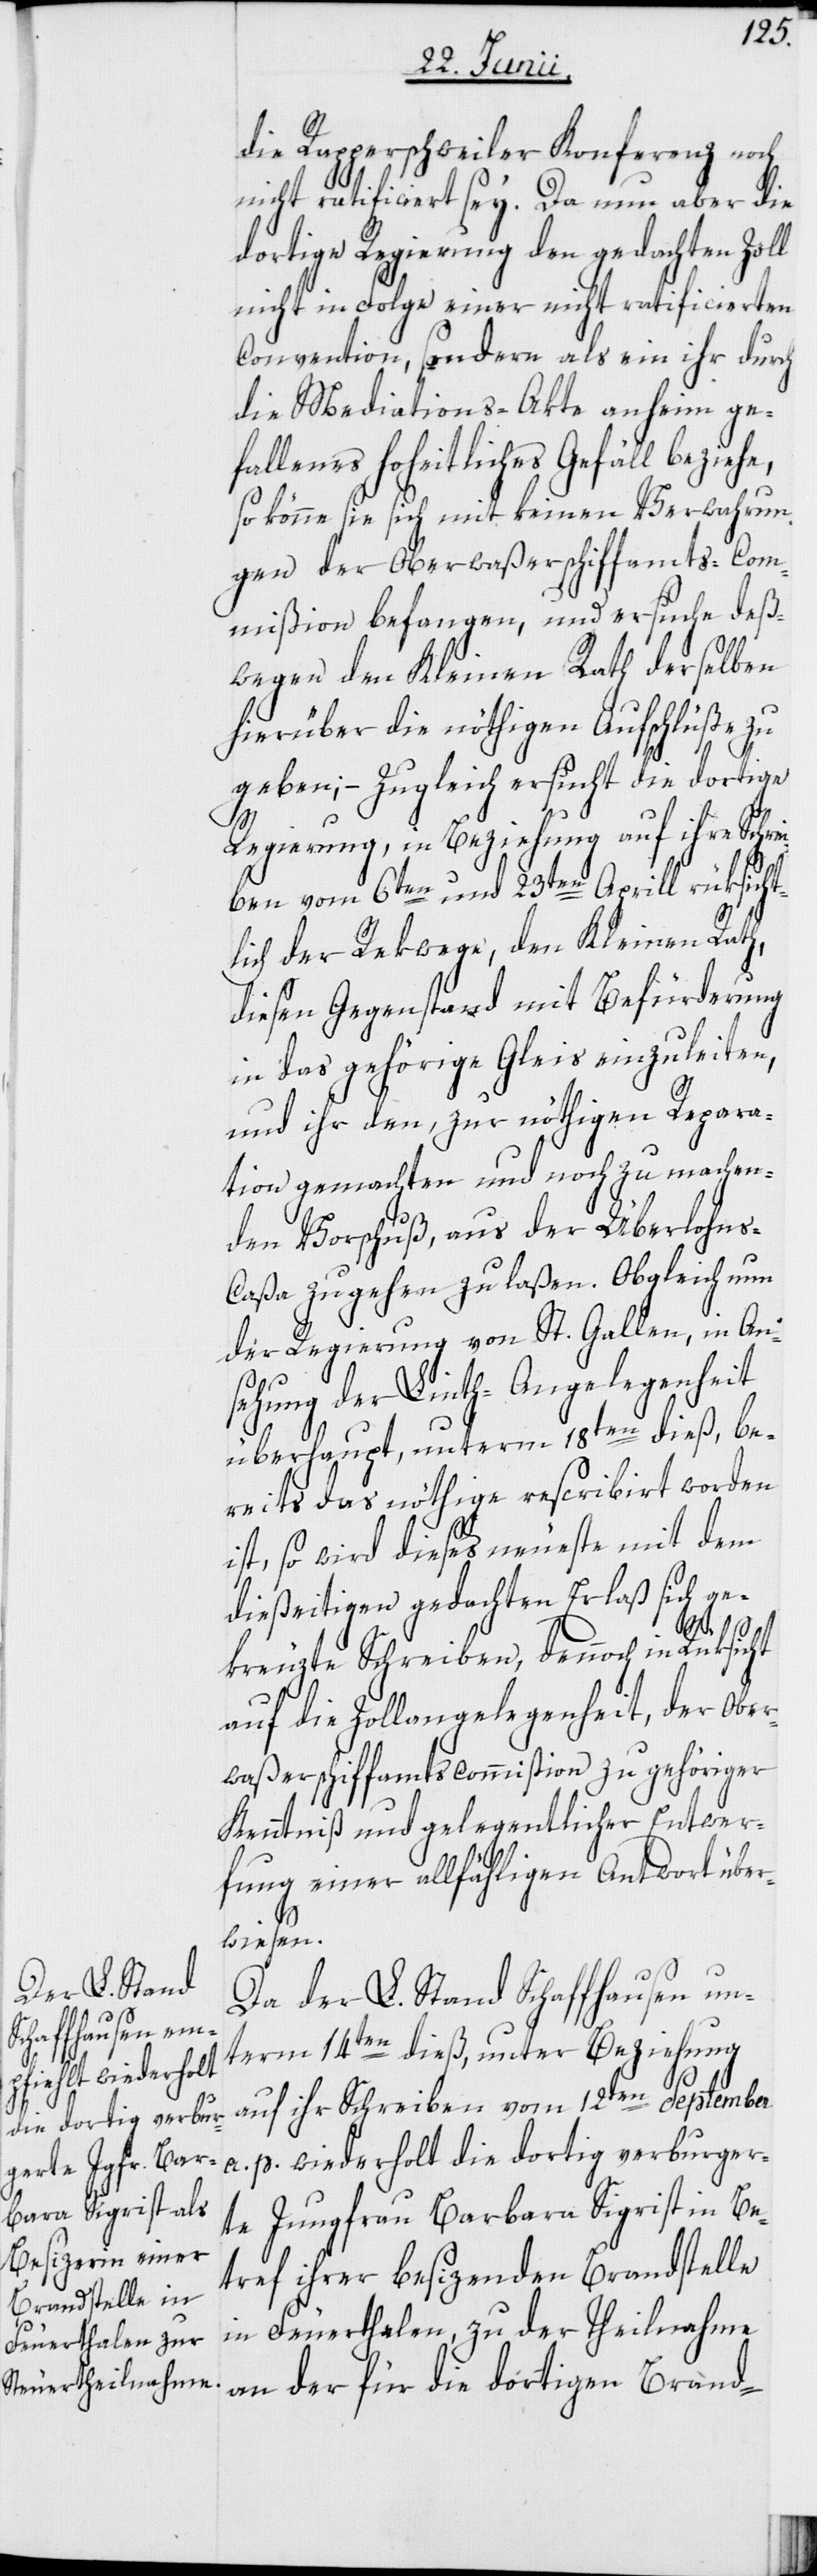
die Rapperschweiler Konferenz noch
nicht ratificiert sey. Da nun aber die
dortige Regierung den gedachten Zoll
nicht in Folge einer nicht ratificierten
Convention, sondern als ein ihr durch
die Mediations-Akte anheim ge¬
fallenes hoheitliches Gefäll beziehe,
so könne sie sich mit keinen Verwahrun¬
gen der Oberwaßerschiffamts-Com¬
mißion befangen, und ersuche deß¬
wegen den Kleinen Rath derselben
hierüber die nöthigen Aufschlüße zu
geben; – Zugleich ersucht die dortige
Regierung, in Beziehung auf ihre Schrei¬
ben vom 6ten und 23ten Aprill rüksicht¬
lich der Rekwege, den Kleinen Rath,
diesen Gegenstand mit Befürderung
in das gehörige Gleis einzuleiten,
und ihr den, zur nöthigen Repara¬
tion gemachten und noch zu machen¬
den Vorschuß, aus der Überlohn¬
s-Caßa zugehen zu laßen. Obgleich nun
der Regierung von St. Gallen, in An¬
sehung der Linth-Angelegenheit
überhaupt, unterm 18ten dieß, be¬
reits das nöthige rescribirt worden
ist, so wird dieses neueste mit dem
dießeitigen gedachten Erlaß sich ge¬
kreuzte Schreiben, dennoch in Rüksicht
auf die Zollangelegenheit, der Ober¬
waßerschiffamtscommißion zu gehöriger
Kenntniß und gelegentlicher Entwer¬
fung einer allfähligen Antwort über¬
wiesen.
Da der L. Stand Schaffhausen un¬
term 14ten dieß, unter Beziehung
auf ihr Schreiben vom 12ten September
a. p. wiederholt die dortig verburger¬
te Jungfrau Barbara Sigrist in Be¬
tref ihrer besizenden Brandstelle
in Feuerthalen, zu der Theilnahme
an der für die dortigen Brand-